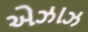
એઝાઝ